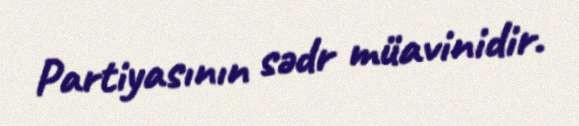
Partiyasının sədr müavinidir.